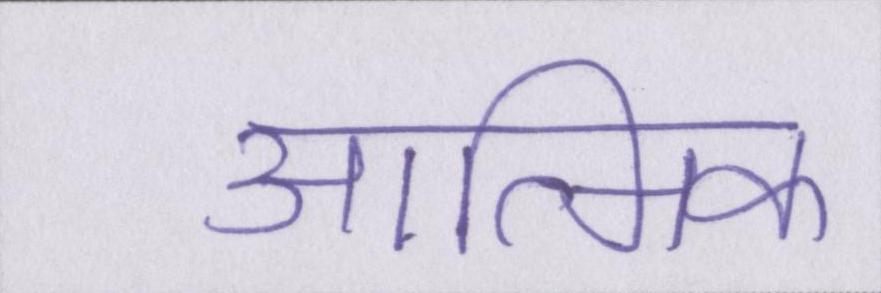
आत्मिक